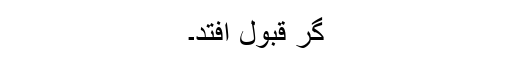
گر قبول اُفتد۔